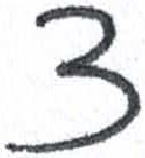
אות: צ